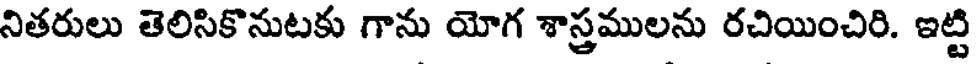
నితరులు తెలిసికొనుటకు గాను యోగ శాస్త్రములను రచియించిరి. ఇట్టి